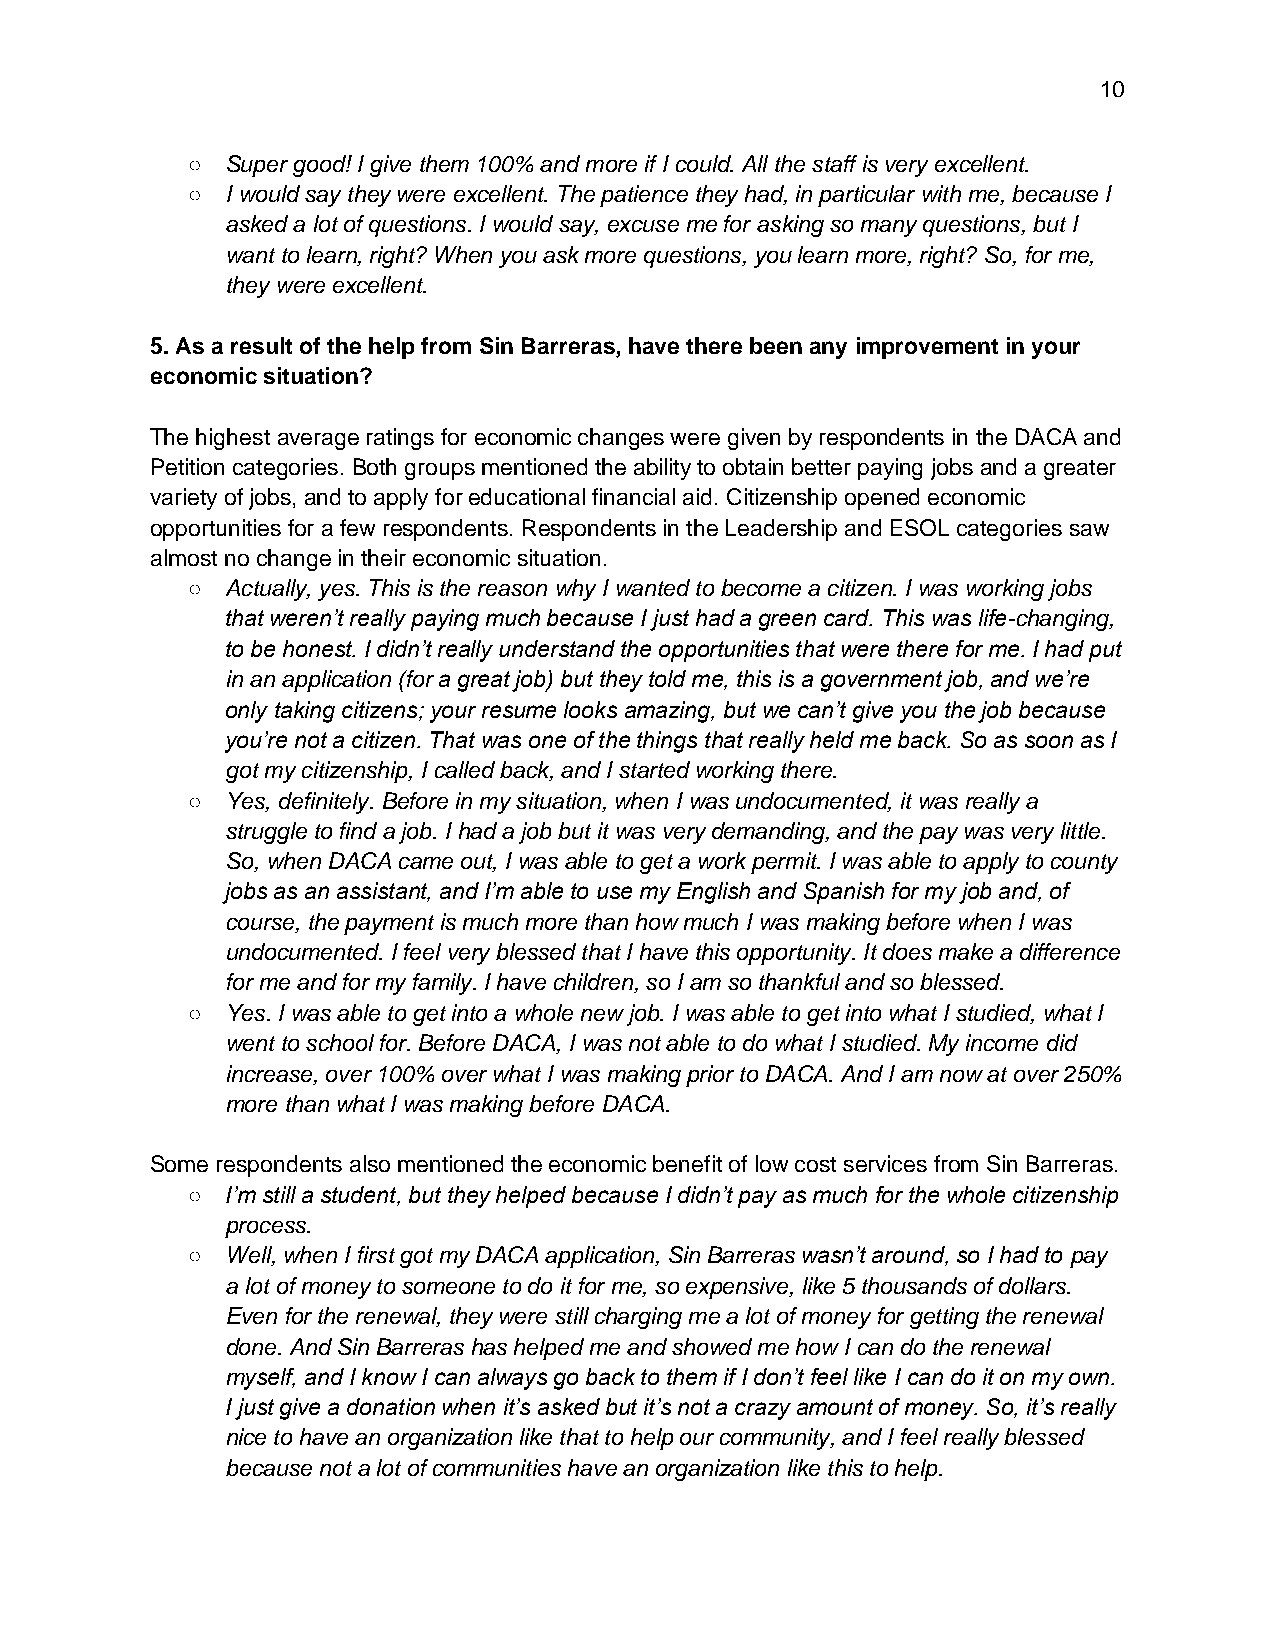
10
 ○  Super good! I give them 100% and more if I could. All the staff is very excellent.
 ○  I would say they were excellent. The patience they had, in particular with me, because I
 asked a lot of questions. I would say, excuse me for asking so many questions, but I
 want to learn, right? When you ask more questions, you learn more, right? So, for me,
 they were excellent.
 5. As a result of the help from Sin Barreras, have there been any improvement in your
 economic situation?
 The highest average ratings for economic changes were given by respondents in the DACA and
 Petition categories. Both groups mentioned the ability to obtain better paying jobs and a greater
 variety of jobs, and to apply for educational financial aid. Citizenship opened economic
 opportunities for a few respondents. Respondents in the Leadership and ESOL categories saw
 almost no change in their economic situation.
 ○  Actually, yes. This is the reason why I wanted to become a citizen. I was working jobs
 that weren’t really paying much because I just had a green card. This was life-changing,
 to be honest. I didn’t really understand the opportunities that were there for me. I had put
 in an application (for a great job) but they told me, this is a government job, and we’re
 only taking citizens; your resume looks amazing, but we can’t give you the job because
 you’re not a citizen. That was one of the things that really held me back. So as soon as I
 got my citizenship, I called back, and I started working there.
 ○  Yes, definitely. Before in my situation, when I was undocumented, it was really a
 struggle to find a job. I had a job but it was very demanding, and the pay was very little.
 So, when DACA came out, I was able to get a work permit. I was able to apply to county
 jobs as an assistant, and I’m able to use my English and Spanish for my job and, of
 course, the payment is much more than how much I was making before when I was
 undocumented. I feel very blessed that I have this opportunity. It does make a difference
 for me and for my family. I have children, so I am so thankful and so blessed.
 ○  Yes. I was able to get into a whole new job. I was able to get into what I studied, what I
 went to school for. Before DACA, I was not able to do what I studied. My income did
 increase, over 100% over what I was making prior to DACA. And I am now at over 250%
 more than what I was making before DACA.
 Some respondents also mentioned the economic benefit of low cost services from Sin Barreras.
 ○  I’m still a student, but they helped because I didn’t pay as much for the whole citizenship
 process.
 ○  Well, when I first got my DACA application, Sin Barreras wasn’t around, so I had to pay
 a lot of money to someone to do it for me, so expensive, like 5 thousands of dollars.
 Even for the renewal, they were still charging me a lot of money for getting the renewal
 done. And Sin Barreras has helped me and showed me how I can do the renewal
 myself, and I know I can always go back to them if I don’t feel like I can do it on my own.
 I just give a donation when it’s asked but it’s not a crazy amount of money. So, it’s really
 nice to have an organization like that to help our community, and I feel really blessed
 because not a lot of communities have an organization like this to help.